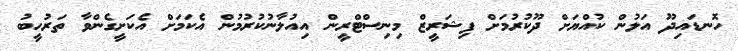
ހޮނޑައިދޫ އަލުން ކުއްޔަށް ދޫކުރުމަށް ފިޝަރީޒް މިނިސްޓްރީން އިއުލާނުކުރުމުން އެކަމަށް އެކަށީގެންވާ ތަރުހީބު